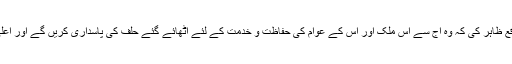
انہوں نے پاس آؤٹ ہونے والے جوانوں کو مبارک باد دیتے ہوئے توقع ظاہر کی کہ وہ آج سے اس ملک اور اس کے عوام کی حفاظت و خدمت کے لئے اُٹھائے گئے حلف کی پاسداری کریں گے اور اعلیٰ ترین پیشہ ورانہ معیار کا مظاہرہ مثالی کارکردگی سے کریں گے۔